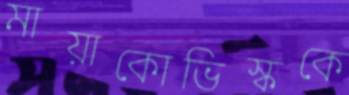
মায়াকোভিস্ককে